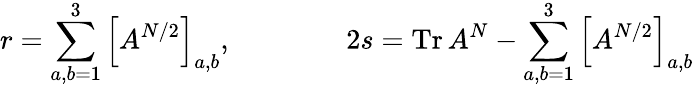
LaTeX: r=\sum_{a,b=1}^{3}\left[A^{N/2}\right]_{a,b},\qquad\qquad 2s=\mathrm{Tr}\, A^{N}-\sum_{a,b=1}^{3}\left[A^{N/2}\right]_{a,b}